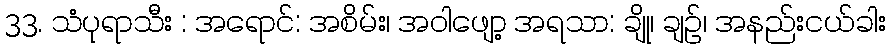
33. သံပုရာသီး : အရောင်: အစိမ်း၊ အဝါဖျော့ အရသာ: ချို၊ ချဉ်၊ အနည်းငယ်ခါး